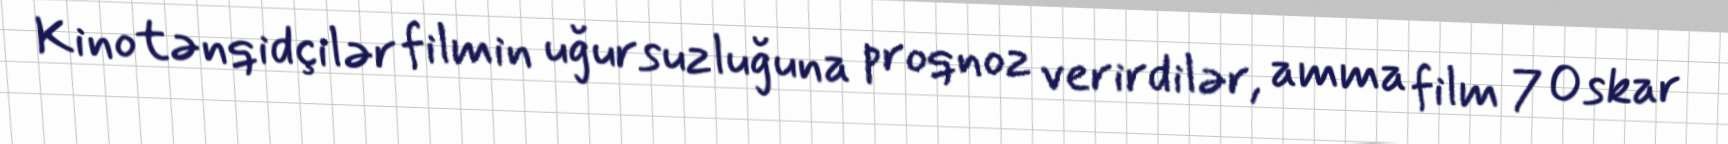
Kinotənqidçilər filmin uğursuzluğuna proqnoz verirdilər, amma film 7 Oskar